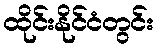
ထိုင်းနိုင်ငံတွင်း